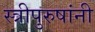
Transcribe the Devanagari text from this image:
स्त्रीपुरुषांनी